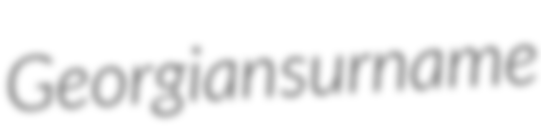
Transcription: Georgian surname